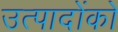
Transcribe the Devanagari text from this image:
उत्पादोंको